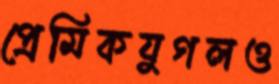
প্রেমিকযুগলও